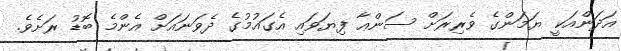
އަދަންއަކީ ޔަމަންގެ ވެރިރަށް ސަންޢާ ފިޔަވައި އެގައުމުގެ ދެވަނައަށް އެންމެ ބޮޑު ރަށެވެ.